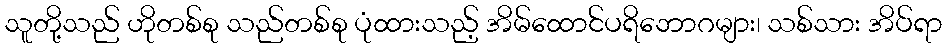
သူတို့သည် ဟိုတစ်စု သည်တစ်စု ပုံထားသည့် အိမ်ထောင်ပရိဘောဂများ၊ သစ်သား အိပ်ရာ